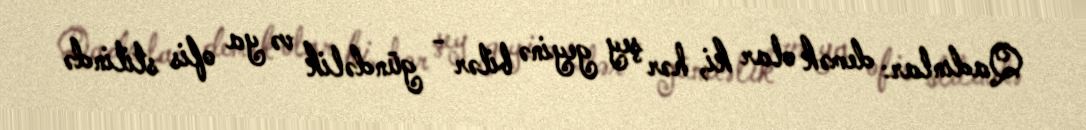
Qadınlar: demək olar ki, hər şey geyinə bilər - gündəlik və ya ofis stilində